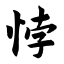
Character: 悖